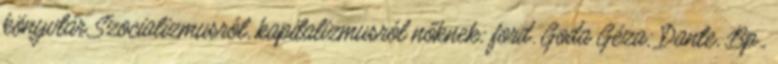
könyvtár Szocializmusról, kapitalizmusról nőknek; ford. Goda Géza; Dante, Bp.,